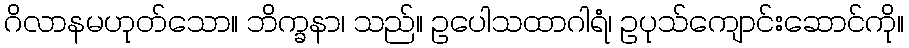
ဂိလာနမဟုတ်သော။ ဘိက္ခနာ၊ သည်။ ဥပေါသထာဂါရံ၊ ဥပုသ်ကျောင်းဆောင်ကို။